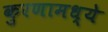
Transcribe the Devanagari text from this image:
कुरणामध्ये